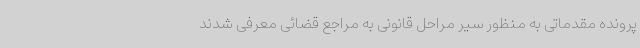
پرونده مقدماتی به منظور سیر مراحل قانونی به مراجع قضائی معرفی شدند